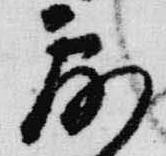
露